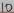
Text: 12